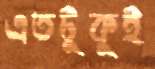
এতটুকুই